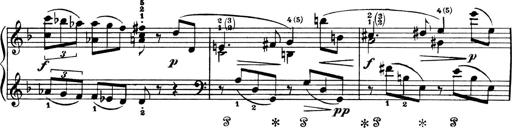
Title: 4 Sonatines
Composer: Max Reger